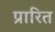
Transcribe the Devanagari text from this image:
प्रारित